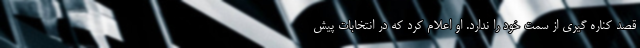
قصد کناره گیری از سمت خود را ندارد. او اعلام کرد که در انتخابات پیش